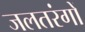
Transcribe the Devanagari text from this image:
जलतरंगों